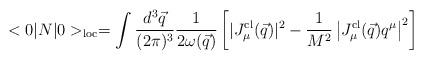
LaTeX: \begin{align*}<0|N|0>_{\rm loc}=\int {d^3\vec{q}\over (2\pi)^3}{1\over 2\omega(\vec{q})}\left[|J_{\mu}^{\rm cl}(\vec{q})|^2- {1\over M^2}\left|J_{\mu}^{\rm cl}(\vec{q})q^\mu\right|^2\right]\end{align*}